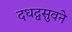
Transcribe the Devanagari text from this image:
दधद्वसुवने